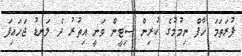
ފުރަތަމަ ހާފް ނިމުމުގެ ކުރިން ސިޓީން ވަނީ އިތުރު ދެ ލަނޑު ޖަހައިފަ